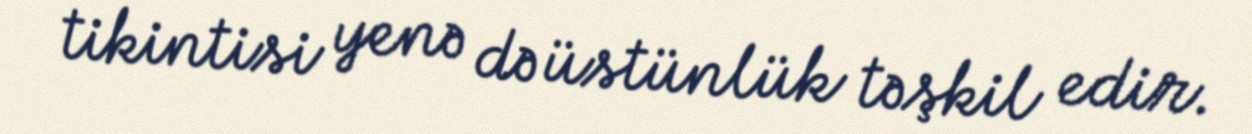
tikintisi yenə də üstünlük təşkil edir.